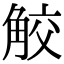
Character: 𧣦